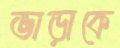
ভাড়াকে